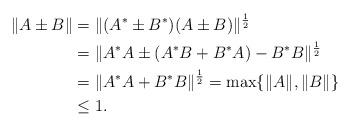
LaTeX: \begin{align*}\begin{aligned}\|A\pm B\|&=\|(A^\ast\pm B^\ast)(A\pm B)\|^{\frac{1}{2}}\\&=\|A^\ast A\pm(A^\ast B+B^\ast A)-B^\ast B\|^{\frac{1}{2}}\\&=\|A^\ast A+B^\ast B\|^{\frac{1}{2}}=\max\{\|A\|,\|B\|\}\\&\leq 1.\end{aligned} \end{align*}